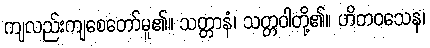
ကျလည်းကျစေတော်မူ၏။ သတ္တာနံ၊ သတ္တဝါတို့၏။ ဟိတဝသေန၊